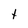
Character: t